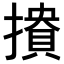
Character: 𢵟